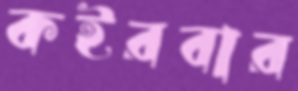
কইরবার